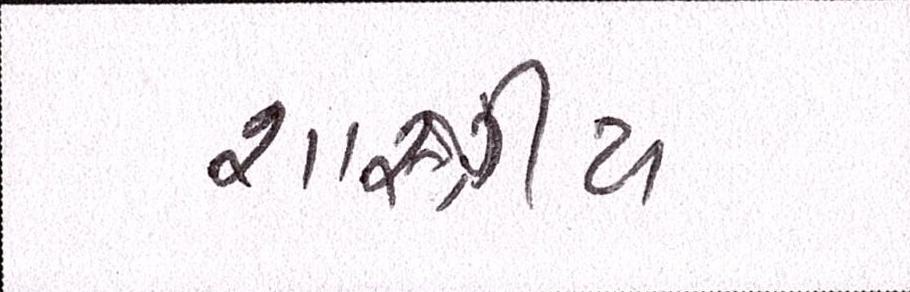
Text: શાસ્ત્રીય